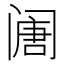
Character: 𲉅